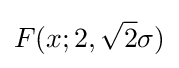
F(x;2,{\sqrt {2}}\sigma )